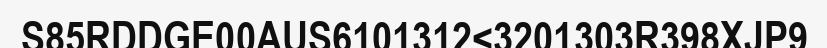
S85RDDGE00AUS6101312<3201303R398XJP9